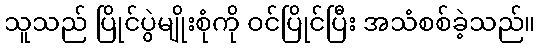
သူသည် ပြိုင်ပွဲမျိုးစုံကို ဝင်ပြိုင်ပြီး အသံစစ်ခဲ့သည်။